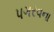
પગરવના